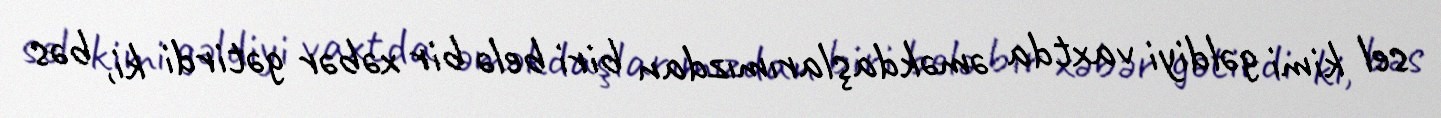
sel kimi gəldiyi vaxtda əməkdaşlarımızdan biri belə bir xəbər gətirdi ki, bəs